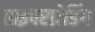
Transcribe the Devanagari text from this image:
हाइपरथ्रेडिंग